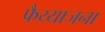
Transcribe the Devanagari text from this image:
फैय्याजना